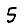
Digit: 5